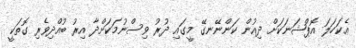
އެކަހަލަ އޮޕްޝަނަކަށް ދިއުން ކަންނޭނގޭ މީގައި ދުރު ވިސްނުމަކަށްދާ އިރު ބުއްދިވެރި ގޮތަކީ